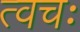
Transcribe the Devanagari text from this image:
त्वचः